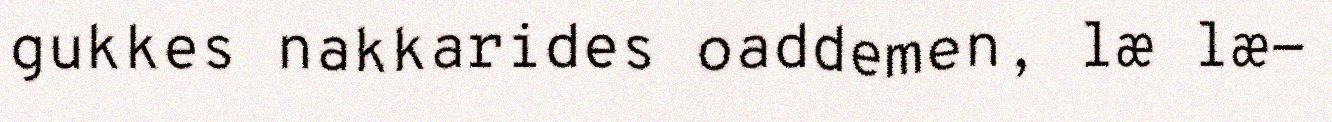
gukkes nakkarides oaddemen, læ læ-